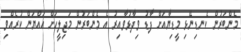
މެންބަރުން ކެނޑިނޭޅި މީޑިޔާއަށް ފާޑު ވިދާޅުވާއިރު އެ މެންބަރުން މަޖިލީހަށް އައްޔަން ކުރެއްވި